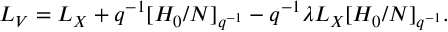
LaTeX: L _ { V } = L _ { X } + q ^ { - 1 } [ H _ { 0 } / N ] _ { q ^ { - 1 } } - q ^ { - 1 } \lambda L _ { X } [ H _ { 0 } / N ] _ { q ^ { - 1 } } .